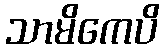
သာမိကေပိ